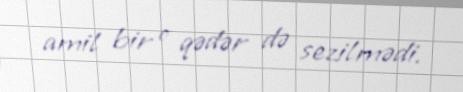
amil bir o qədər də sezilmədi.